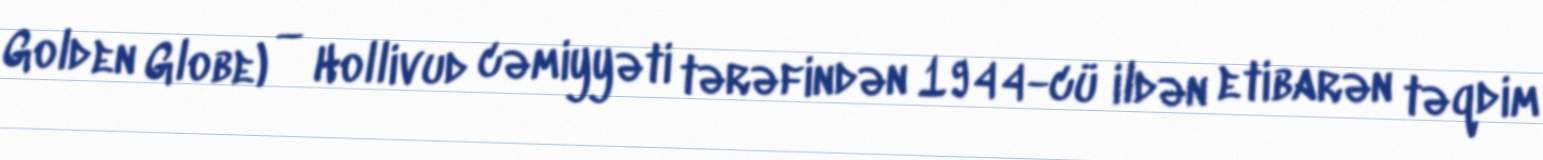
Golden Globe) — Hollivud cəmiyyəti tərəfindən 1944-cü ildən etibarən təqdim